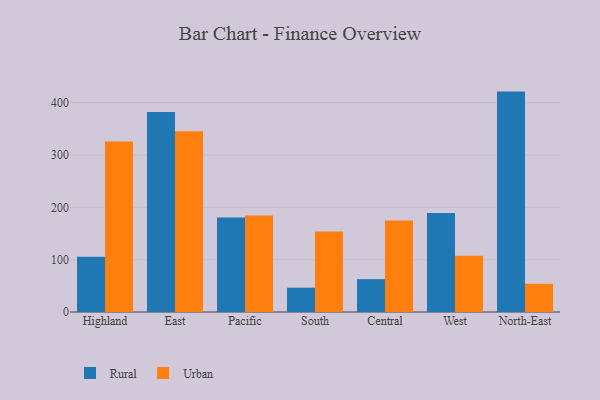
{"axis": {"x": "Region", "y": "Demand Index"}, "legend": ["Rural", "Urban"], "data": [{"x": "Highland", "y": 105.4, "type": "Rural"}, {"x": "Highland", "y": 325.9, "type": "Urban"}, {"x": "East", "y": 382.1, "type": "Rural"}, {"x": "East", "y": 345.5, "type": "Urban"}, {"x": "Pacific", "y": 180.5, "type": "Rural"}, {"x": "Pacific", "y": 184.3, "type": "Urban"}, {"x": "South", "y": 46.4, "type": "Rural"}, {"x": "South", "y": 153.8, "type": "Urban"}, {"x": "Central", "y": 62.8, "type": "Rural"}, {"x": "Central", "y": 174.7, "type": "Urban"}, {"x": "West", "y": 189.3, "type": "Rural"}, {"x": "West", "y": 107.7, "type": "Urban"}, {"x": "North-East", "y": 421.1, "type": "Rural"}, {"x": "North-East", "y": 54.0, "type": "Urban"}]}